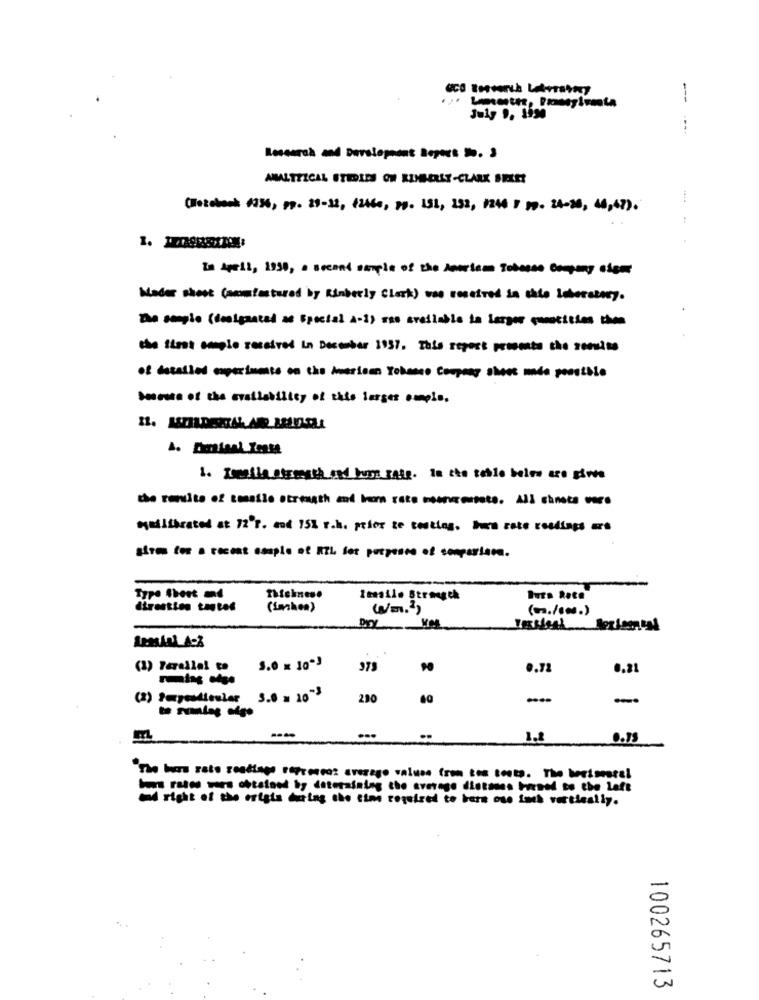
---
July 9. 1990
:
ANALYTICAL STEDLES ON KIMBERLY-CLARK SHEET
Corebook 1936, 99- 29-32, 12460, 19. 191, 232, 1246 1 19- 24-20, 40,47).
In April, 1938, a second sample of the Anortam Tobosse Company ciem
Water shoot (samtestared by Kimberly Clark) was received in ciso Laboratory.
Da sempio (desigantal a Special A-1) mso available la larger cumaticses them
the times emple received in December 1937. This report presenta che semaine
of detailed capaciamato on the American Tobacco Company shoot made possible
Series of the availability of this larger emple.
1. Tomeila strength ond bun galg. In the tohle beles are gives
the results of tensile strength and Inom rete moonessete. All chneta more
equilibrated at 72 r. and 15% r.h. prior ze testing, burn rate reddings ars
sirme tos a recent csaple of RTL for purepesce of sonparlare.
Thicknes.
Burs Rete
direction tantes
(inken)
WE.')
(m./sms.)
(2) Parallel to
5.0 × 10-3
290
40
....
m
0.79
"The buers rato readings proneaz average values (rom tos tosta. The beeimesrel
Hs rasos was obtained by dateraining the average distans brened to the left
right of the origis doing the time required to here ose inch vertically.
100265713